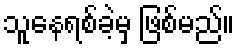
သူနေရစ်ခဲ့မှ ဖြစ်မည်။